Insane asylums in Bengal annual reports 1867-1875 - 1867-1875
Year: 1867
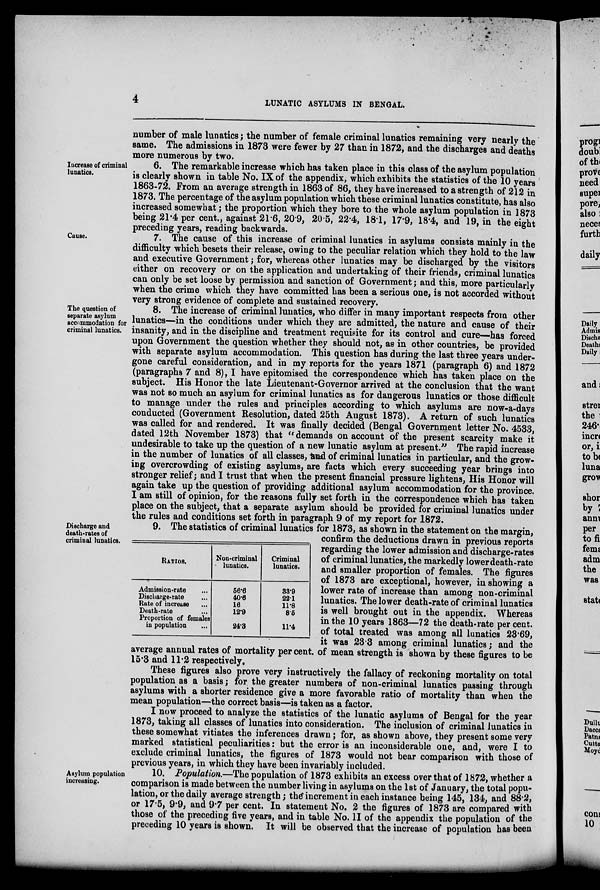
4
LUNATIC ASYLUMS IN BENGAL.
number of male lunatics; the number of female criminal lunatics remaining very nearly the
same. The admissions in 1873 were fewer by 27 than in 1872, and the discharges and deaths
more numerous by two.
Increase of criminal
lunatics.
6. The remarkable increase which has taken place in this class of the asylum population
is clearly shown in table No. IX of the appendix, which exhibits the statistics of the 10 years
1863-72. From an average strength in 1863 of 86, they have increased to a strength of 212 in
1873. The percentage of the asylum population which these criminal lunatics constitute, has also
increased somewhat; the proportion which they bore to the whole asylum population in 1873
being 21.4 per cent., against 21.6, 209, 20.5, 22.4, 18.1, 17.9, 18.4, and 19, in the eight
preceding years, reading backwards.
Cause.
7. The cause of this increase of criminal lunatics in asylums consists mainly in the
difficulty which besets their release, owing to the peculiar relation which they hold to the law
and executive Government; for, whereas other lunatics may be discharged by the visitors
either on recovery or on the application and undertaking of their friends, criminal lunatics
can only be set loose by permission and sanction of Government; and this, more particularly
when the crime which they have committed has been a serious one, is not accorded without
very strong evidence of complete and sustained recovery.
The question of
separate asylum
accommodation for
criminal lunatics.
8. The increase of criminal lunatics, who differ in many important respects from other
lunatics—in the conditions under which they are admitted, the nature and cause of their
insanity, and in the discipline and treatment requisite for its control and cure—has forced
upon Government the question whether they should not, as in other countries, be provided
with separate asylum accommodation. This question has during the last three years under-
gone careful consideration, and in my reports for the years 1871 (paragraph 6) and 1872
(paragraphs 7 and 8), I have epitomised the correspondence which has taken place on the
subject. His Honor the late Lieutenant-Governor arrived at the conclusion that the want
was not so much an asylum for criminal lunatics as for dangerous lunatics or those difficult
to manage under the rules and principles according to which asylums are now-a-days
conducted (Government Resolution, dated 25th August 1873). A return of such lunatics
was called for and rendered. It was finally decided (Bengal Government letter No. 4533,
dated 12th November 1873) that " demands on account of the present scarcity make it
undesirable to take up the question of a new lunatic asylum at present." The rapid increase
in the number of lunatics of all classes, and of criminal lunatics in particular, and the grow-
ing overcrowding of existing asylums, are facts which every succeeding year brings into
stronger relief; and I trust that when the present financial pressure lightens, His Honor will
again take up the question of providing additional asylum accommodation for the province.
I am still of opinion, for the reasons fully set forth in the correspondence which has taken
place on the subject, that a separate asylum should be provided for criminal lunatics under
the rules and conditions set forth in paragraph 9 of my report for 1872.
Discharge and
death-rates of
criminal lunatics.
9. The statistics of criminal lunatics for 1873, as shown in the statement on the margin
regarding the lower admission and discharge-rates
of criminal lunatics, the markedly lower death-rate
and smaller proportion of females. The figures
of 1873 are exceptional, however, in showing a
lower rate of increase than among non-criminal
lunatics. The lower death-rate of criminal lunatics
is well brought out in the appendix. Whereas
in the 10 years 1863—72 the death-rate per cent.
of total treated was among all lunatics 23.69,
it was 23.3 among criminal lunatics; and the
average annual rates of mortality per cent. of mean strength is shown by these figures to be
15.3 and 11.2 respectively.
These figures also prove very instructively the fallacy of reckoning mortality on total
population as a basis; for the greater numbers of non-criminal lunatics passing through
asylums with a shorter residence give a more favorable ratio of mortality than when the
mean population—the correct basis—is taken as a factor.
I now proceed to analyze the statistics of the lunatic asylums of Bengal for the year
1873, taking all classes of lunatics into consideration. The inclusion of criminal lunatics in
these somewhat vitiates the inferences drawn; for, as shown above, they present some very
marked statistical peculiarities: but the error is an inconsiderable one, and, were I to
exclude criminal lunatics, the figures of 1873 would not bear comparison with those of
previous years, in which they have been invariably included.
RATIOS.
Admission-rate ...
Discharge-rate ...
Rate of increase ...
Death-rate ...
Proportion of females
in population ...
Non-criminal
lunatics.
56.6
40.6
16
12.9
24.3
Criminal
lunatics.
33.9
22.1
11.8
8.5
11.4
Asylum population
increasing.
10. Population.—The population of 1873 exhibits an excess over that of 1872, whether a
comparison is made between the number living in asylums on the 1st of January, the total popu-
lation, or the daily average strength; the increment in each instance being 145, 134, and 88.2,
or 17.5, 9.9, and 9.7 per cent. In statement No. 2 the figures of 1873 are compared with
those of the preceding five years, and in table No. II of the appendix the population of the
preceding 10 years is shown. It will be observed that the increase of population has been